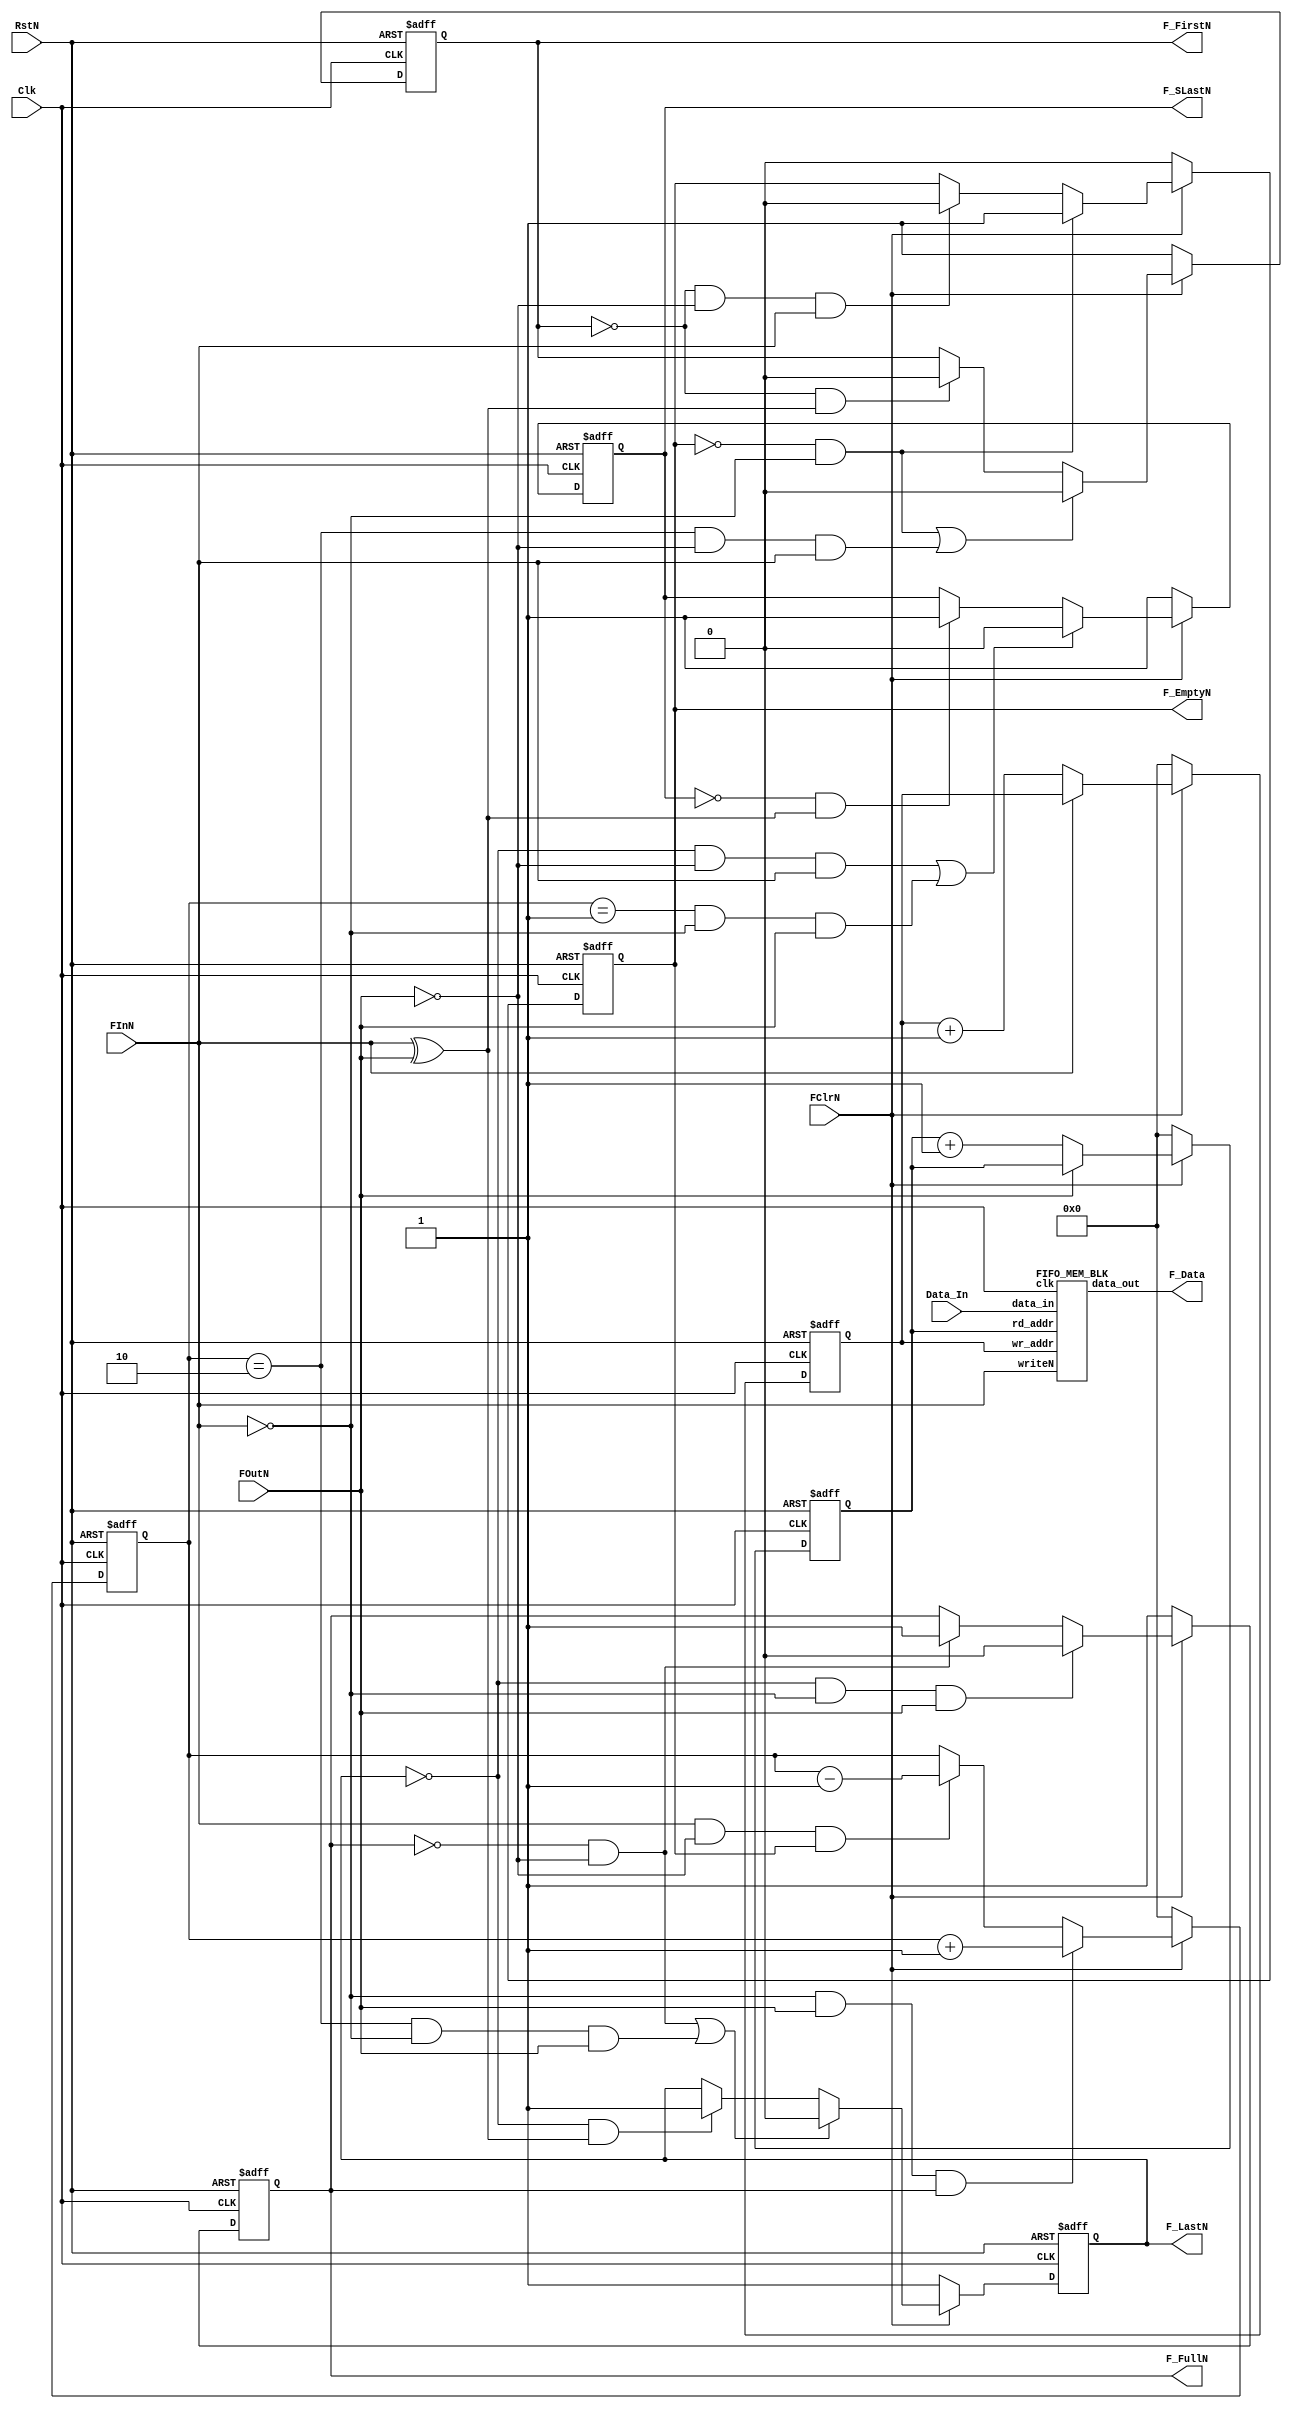
`define FWIDTH 32   // Width of the FIFO.
`define FDEPTH 4    // Depth of the FIFO.
`define FCWIDTH 2   // Counter Width of the FIFO 2 to power 
                    // FCWIDTH = FDEPTH
`define zero  1`b0
`define one   1`b1

module FIFO ( Clk,
RstN,
Data_In,
FClrN,
FInN,
FOutN,

F_Data,
F_FullN,
F_LastN,
F_SLastN,
F_FirstN,
F_EmptyN

) ;

input                  Clk;		// CLK signal.
input                  RstN; 		// Low Asserted Reset signal.
input [(`FWIDTH-1):0]  Data_In; 	// Data into FIFO.
input                  FInN;            // Write into FIFO Signal.
input                  FClrN;           // Clear signal to FIFO.
input                  FOutN;           // Read from FIFO signal.

output [(`FWIDTH-1):0] F_Data;          // FIFO data out.
output                 F_FullN;         // FIFO full indicating signal.
output                 F_EmptyN;        // FIFO empty indicating signal.
output                 F_LastN;         // FIFO Last but one signal.
output                 F_SLastN;        // FIFO SLast but one signal.
output                 F_FirstN;        // Signal indicating only one II word in FIFO.

reg                    F_FullN;
reg                    F_EmptyN;
reg                    F_LastN;
reg                    F_SLastN;
reg                    F_FirstN;

reg [(`FWIDTH-1):0]     fcounter; // counter indicates num of data in FlFO
reg [(`FWIDTH-1):0]     rd_ptr;   // Current read pointer.

reg [(`FWIDTH-1):0]     wr_ptr;  // Current write pointer.

wire [(`FWIDTH-1):0] FIFODataOut; // Data out from FIFO MemBlk
wire [(`FWIDTH-1):0] FIFODataIn;  // Data into FIFO MemBlk

wire ReadN = FOutN;
wire WriteN = FInN;

assign F_Data = FIFODataOut;
assign FIFODataIn = Data_In;

FIFO_MEM_BLK memblk(.clk(Clk),
.writeN(WriteN),
.rd_addr(rd_ptr),
.wr_addr(wr_ptr),
.data_in (FIFODataIn),
.data_out(FIFODataOut)
);

// Control circuitry for FIFO. If reset Ot dr signal is asserted, II all the counters are set to 0. If write only the write counter 1/ is incremented else if read only read counter is incremented // else if both, read and write counters are incremented. /1 fcounter indicates the num of items in the FIFO. Write only II increments the fcounter, read only decrements the counter,
//1 read && write doesnt change the counter value.

always @(posedge Clk or negedge RstN)
 begin
if (!RstN) begin
  	fcounter <= 0;
	rd_ptr <= 0;
	wr_ptr <= 0;
end
else begin

if (~FClrN ) begin
	fcounter <= 0;
	rd_ptr <= 0;
	wr_ptr <= 0; 
	end
else begin
    if (~WriteN)
	wr_ptr <= wr_ptr + 1;

    if (~ReadN)
	rd_ptr <= rd_ptr + 1;

    if (~WriteN && ReadN && F_FullN)
	fcounter <= fcounter +1 ;
 
    else if(WriteN && ~ReadN && F_EmptyN)
	fcounter <= fcounter - 1;
	end
	end
end


//1 All the FIFO status signals depends on the value of f counter.
//1 If the f counter is equal to afdepth, indicates FIFO is full.
// If the fcounter is equal to zero, indicates the FIFO is empty.

// F_EmptyN signal indicates FIFO Empty Status. By default it is
// asserted, indicating the FIFO is empty. After the First Data is
// put into the FIFO the signal is deasserted.



always @(posedge Clk or negedge RstN)
begin
if (!RstN)
	F_EmptyN <= 1'b0 ;

else begin
        if(FClrN==1'b1) begin

	    if(F_EmptyN==1'b0 && WriteN==1'b0)
		F_EmptyN <=  1'b1;

             else if(F_FirstN==1'b0 && ReadN==1'b0 && WriteN==1'b1)

		F_EmptyN <= 1'b0;
		end
		else
		F_EmptyN <= 1'b0;
	end
end

//If F_FirstN signal indicates that there is only 1'b1 datum sitting
// in the FIF0. When the FIFO is empty and a write to FIFO occurs,
// this signal gets asserted.

always @(posedge Clk or negedge RstN)
begin

	if (!RstN)
	F_FirstN <= 1'b1;

	else begin
	if (FClrN==1'b1) begin

	if((F_EmptyN==1'b0 && WriteN==1'b0) ||	(fcounter==2 && ReadN==1'b0 && WriteN==1'b1))

	F_FirstN <= 1'b0;
	
	else if (F_FirstN==1'b0 && (WriteN ^ ReadN))
	F_FirstN <= 1'b0;
	end

	else begin
	
	F_FirstN <= 1'b1;
	end
     end
end

// F_SLastN indicates that there is space for only two data words f/in the FIFO.
always @(posedge Clk or negedge RstN) begin

	if( !RstN)
	F_SLastN <= 1'b1;

   else begin

	if (FClrN==1'b1) 
        begin
	
        if( (F_LastN==1'b0 && ReadN==1'b0 && WriteN==1'b1) || (fcounter == (`FDEPTH-3) && WriteN==1'b0 && ReadN==1'b1))

	F_SLastN <= 1'b0;
        else if(F_SLastN==1'b0 && (ReadN ^ WriteN))
        F_SLastN <= 1'b1;

	end
	else
	F_SLastN <= 1'b1;
    end
end

// F_LastN indicates that there is one space for only one data /1 word in the FIFO.

always @(posedge Clk or negedge RstN) begin

	if (!RstN)
	F_LastN <= 1'b1;

	else begin
	if(FClrN==1'b1) begin

	if ((F_FullN==1'b0 && ReadN==1'b0) ||
	(fcounter== (`FDEPTH-2) && WriteN==1'b0 && ReadN==1'b1))

	F_LastN <= 1'b0;
	
	else if(F_LastN==1'b0 && (ReadN ^ WriteN))
	F_LastN 	<= 1'b1;
    end
    else	
    F_LastN <= 1'b1;
   end
end


//1 F_FullN indicates that the FIF0 is full. 

always @(posedge Clk or negedge RstN) begin

	if( !RstN)
	F_FullN <= 1'b1;

	else begin
	if(FClrN==1'b1) begin
	
	if (F_LastN==1'b0 && WriteN==1'b0 && ReadN==1'b1)
	F_FullN <= 1'b0;

	else if(F_FullN==1'b0 && ReadN==1'b0)
	F_FullN <= 1'b1;
	end

	else
	F_FullN <= 1'b1;
    end
end

endmodule
//,///I,////,//,I/u//I/,/f///,//,////////I,//,//,l/////////////////I
//
//
//If Configurable memory block for fifo. The width of the item
// block is configured via FWIDTH. All the data into fifo is done
//II synchronous to block.
//
// Author Venkata Ramana Kalapatapu
///////,///////,//////,////,/I//////,/,///,/,//,/////,/,///////////


module FIFO_MEM_BLK( clk,
writeN,
wr_addr,
rd_addr,
data_in,
data_out
);

input clk; // input clk

input writeN;                   //Write Signalto putdata into fifo.
input [(`FWIDTH-1):0] wr_addr;  // Write Address.
input [(`FWIDTH-1):0] rd_addr;  // Read Address.
input [(`FWIDTH-1):0] data_in; // Dataln in to Memory Block
output [(`FWIDTH-1):0] data_out ; // Data Out from the Memory
						// Block(FIFO)
wire [(`FWIDTH-1):0] data_out;

reg [(`FWIDTH-1):0] FIFO[0:(`FDEPTH-1)];

assign data_out = FIFO[rd_addr];
always @(posedge clk)
begin
if (writeN==1'b0)
FIFO[wr_addr] <= data_in;
end
endmodule